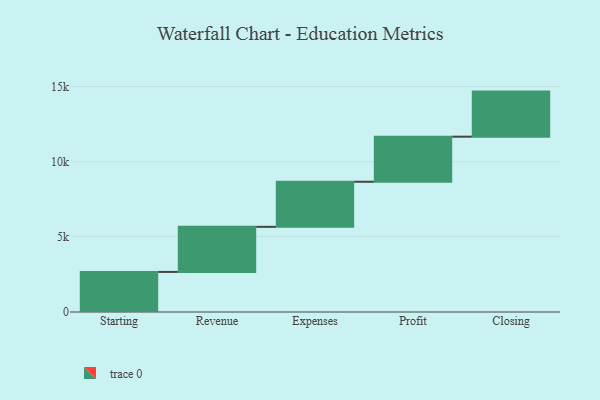
{"axis": {"x": "Step", "y": "Value"}, "legend": [""], "data": [{"x": "Starting", "y": 2667.0, "type": ""}, {"x": "Revenue", "y": 3000, "type": ""}, {"x": "Expenses", "y": 3000, "type": ""}, {"x": "Profit", "y": 3000, "type": ""}, {"x": "Closing", "y": 3000, "type": ""}]}